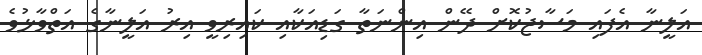
އަލީނާ އެފައި މަސާޖުކޮށް ދޭން އިންނަތާ ގަޑިއަކާއި ކައިރިވީ އިރު އަލީނާގެ އަތްވާޅުވެ